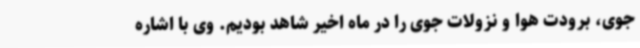
جوی، برودت هوا و نزولات جوی را در ماه اخیر شاهد بودیم. وی با اشاره